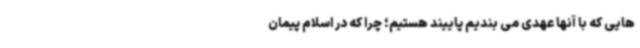
هایی که با آنها عهدی می بندیم پاییند هستیم؛ چرا که در اسلام پیمان